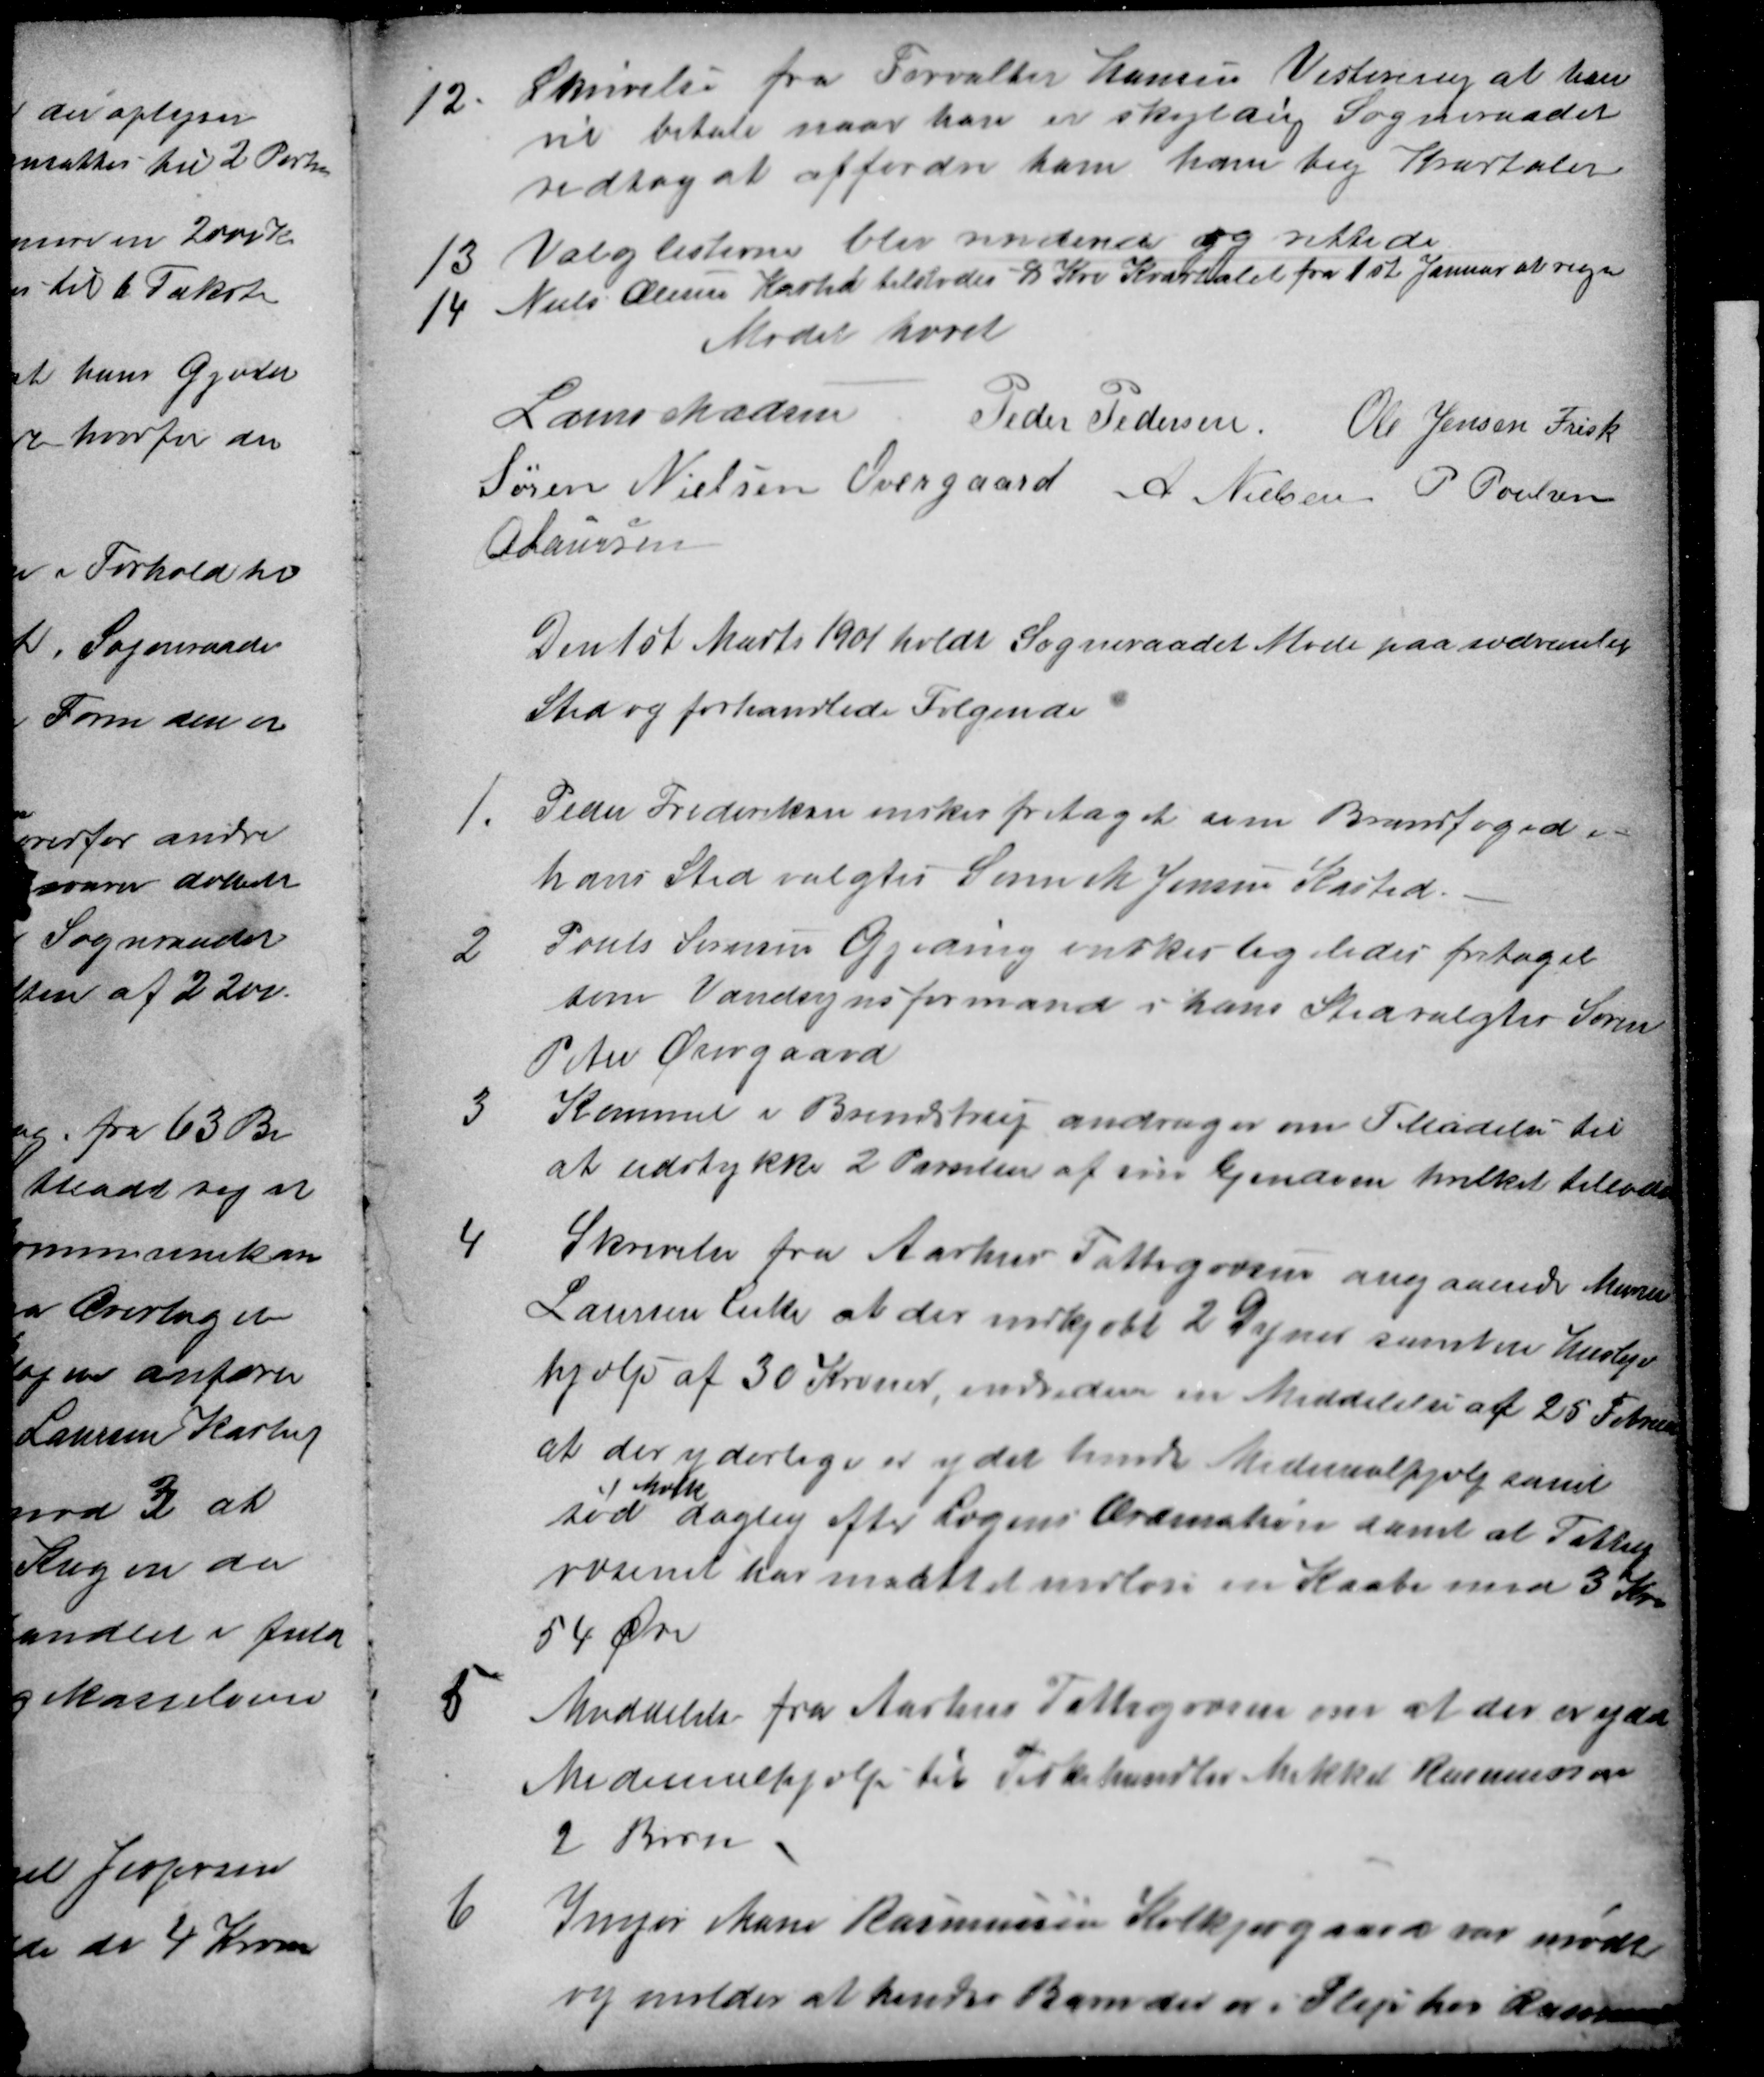
Transskription:
12. Skrivelse fra Forvalter Hansen Vestereng at han
vil betale naar han er skyldig Sogneraadet
vedtog at affordre ham ham beg Kvartaler
13 Valglisterne blev medende og rettede
14. Niels Olesen Kasted tilstodes 8 Kr Kvartalet fra 1st Januar at regne
Mødet hævet
Laurs Madsen
Peder Pedersen Ole Jensen Frisk
Søren Nielsen Overgaard A Nielsen P Poulsen
A Laursen
Den 1st Marts 1901 holdt Sogneraadet Møde paa sædvanlig
Sted og forhandlede Følgende
1. Peder Frederiksen ønsker fritaget som Brandfoged i
hans Sted valgtes Søren M Jensen Kasted.
2 Pouls Sørensen Gjeding ønskes ligeledes fritaget
som Vandsynsformand i hans Sted valgtes Søren
Peter Overgaard
3 Kummel i Brendstrup andrager om Tilladelse til
at udstykke 2 Parceler af sin Ejendom hvilket tillodes
4 Skrivelse fra Aarhus Fattigvæsen angaaende Murer
Laursen Enke at der indkjøbt 2 Dyner samt en Husleje
hjælp af 30 Kroner, endvidere en Meddelelse af 25 Februar
at der yderliger er ydet hende Medicinalhjælp samt
sød
Mælk
daglig efter Lægens Ordination samt at Fattig-
væsenet har maattet indløse en Kaabe med 3 Kr
54 Øre
5 Meddelelse fra Aarhus Fattigvæsen om at der er ydet
Medicinalhjælp til Fiskehandler Mikkel Rasmussens
2 Børn
6 Inger Marie Rasmussen Kolkjærgaard var mødt
og melder at hendes Barn der er i Pleje hos Rasmussen